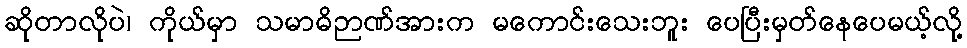
ဆိုတာလိုပဲ၊ ကိုယ်မှာ သမာဓိဉာဏ်အားက မကောင်းသေးဘူး ပေပြီးမှတ်နေပေမယ့်လို့